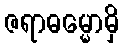
ဇရာဓမ္မောမှိ